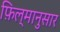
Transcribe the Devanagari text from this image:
फ़िल्मानुसार